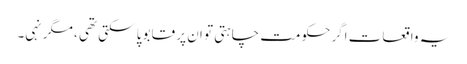
یہ واقعات اگر حکومت چاہتی تو ان پر قابو پا سکتی تھی ، مگر نہی۔